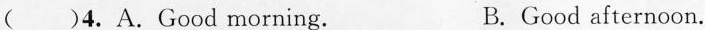
( )4.A.Good morning. B. Good afternoon.